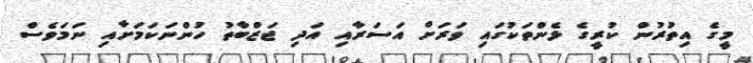
މީގެ އިތުރުން ކުރީގެ ޅެންތަކުގައި ވަރަށް އަސަރާއި އަދި ޖަޒްބާތު ހުންނަކަމަށާއި ނަމަވެސް